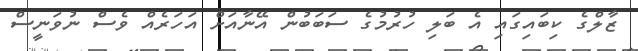
ޒާލްގެ ކިބައިގައި އެ ބަލި ހުރުމުގެ ސަބަބުން އޭނާއަށް އަހަރެއް ވެސް ނުވަނީސް